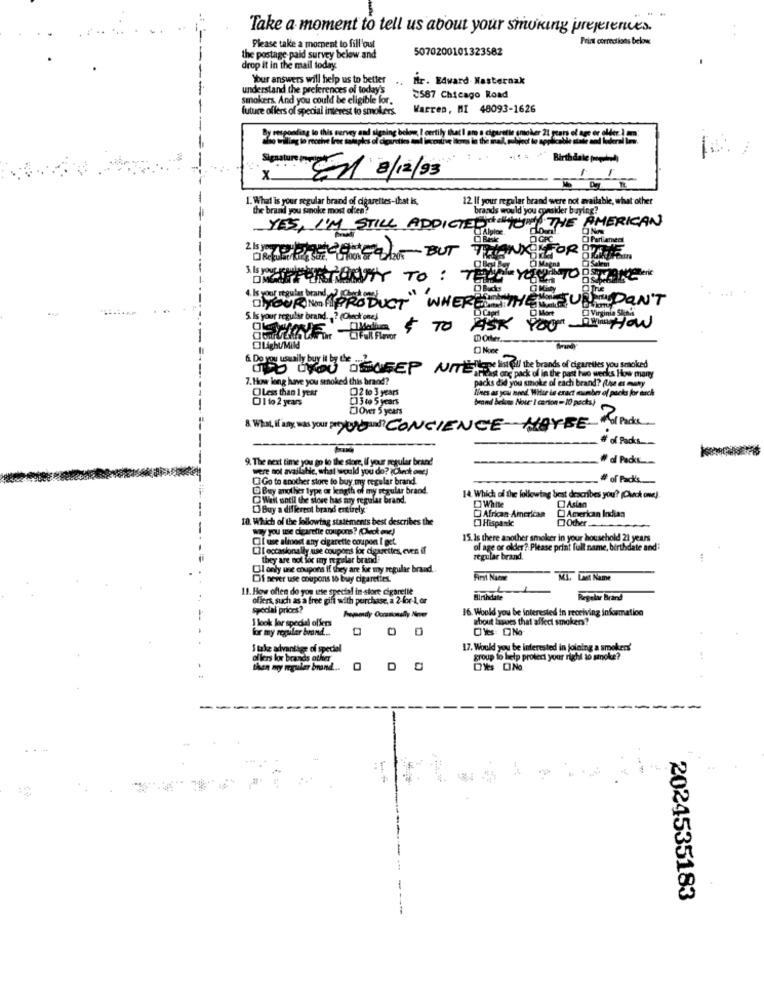
-
Take a moment to tell us about your smoking preferences.
Print corrections below
Please take a moment to fill'out
5070200101323582
the postage paid survey below and
drop it in the mail today.
Your answers will help us to better
..
Mr. Edward Masternak
understand the preferences of today's
Smokers, And you could be eligible for.
3587 Chicago Road
future offers of special interest to smokers.
Warren, MI 48093-1626
Dy sercoming to this servey aul signing below, I certily that i am a cigarette smoker 21 puan of age or older ] m.
Signature
Birth date (mogulund)
En 3/12/93
1. What is your regular brand of cigarettes-that is,
12 If your regular brand were not available, what other
the brand you smoke most often?
brands would you consider buying?
YES, I'M STILL ADDIGEDIYOR THE AMERICAN
ON
270 CEMENT BUT
Salem
is your regular brand
DMOURNOfPRODUCT WHERE THEYSUR DON'T
ENSUREDON'T
L Capel
5 Is your regulie brand. .? (Check one)
ASK
More
TO
Pour Der ou
OFall Flavor
O Noce
6. Do you usually buy it by the ..
UND YOU DSCREP unieke the brands of dearetles you smoked
7. How long have you smoked this brand?
Farleast one pack of in the past two weeks How many
packs did you smoke of each brand? (ha es mowy
OLess than 1 year
O2 to 3 years
lines as you need. WHie is exact number of packs for each
CI to 2 years
[] 3 to 5 years
brand beles Nour: I certon = 10 pects!
DOver 5 years
& What, if any, was your pery Wound? CONCIENCE MAYBE
# of Packs __
9. The next time you go to the store, If your regular brand
₩ al Packs ...
were not available, what would you do? (Check onme!
CI Go to another store to buy my regular brand
. # of Pack's.
D. Buy mother type or length of my regular brand.
Wait until the store has ny regular brand.
14. Which of the following best describes you'? (Check one).
Buy a different brand entirely.
White
Asian
10. Which of the following statements best describes the
African-American
Hispanic
American Indian
Other
soy you use cigarette coupons? (Check one)
Cil use almost any cigarette coupon I get.
15. Is there another smoker in your household 21 years
ol age or older? Please print full name, birthdate and;
they are not for my regular brand
eur brand
regular brand.
Ol only une coupons if they are for my regular brand ..
Of sever use coupons to buy cigarettes.
First Naene
ML. Last Name
11. How often do you use special in -store cigarette
--
offers, such as a free gift with purchase, a 2-for-1, or
Birthdate
Regular Brand
special prices?
16. Would you be interested in receiving information
I look lor special offers
Premedy Occasionally Nome
about Issues that affect smokers?
for my repiler brand ...
I take advantage of special
17. Would you be interested in joloing a smoker!'
of lens lor brands other
group to help protect your right to sinoke?
then my regular brand ....
DO
--
2024535183